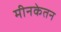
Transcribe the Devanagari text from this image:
मीनकेतन